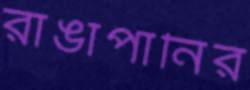
রাঙাপানির